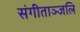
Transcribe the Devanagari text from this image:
संगीताञ्जलि